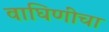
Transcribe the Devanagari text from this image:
वाघिणींचा